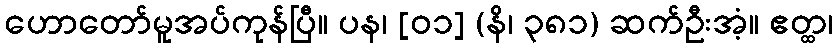
ဟောတော်မူအပ်ကုန်ပြီ။ ပန၊ [၀၁] (နိ၊ ၃၈၁) ဆက်ဦးအံ့။ ဧတ္ထ၊